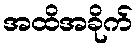
အထိအခိုက်